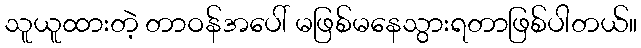
သူယူထားတဲ့ တာဝန်အပေါ် မဖြစ်မနေသွားရတာဖြစ်ပါတယ်။